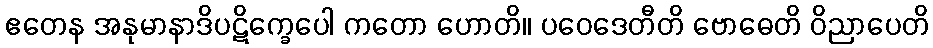
ဧတေန အနုမာနာဒိပဋိက္ခေပေါ ကတော ဟောတိ။ ပဝေဒေတီတိ ဗောဓေတိ ဝိညာပေတိ